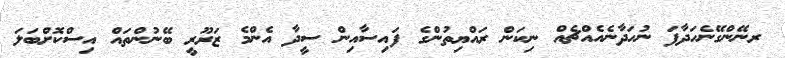
ރނޭންގޭނެހަދާފަ ނުހަދާނެއެއްޗެއް ނިކަން ރައްޔިތުންގެ ފައިސާއިން ސީދާ އެންމެ ޒަރޫރީ ބޭނުންތައް އިސްކޮށްބަލަ